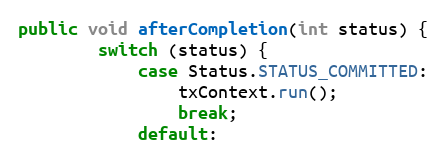
Language: Java
public void afterCompletion(int status) {
		switch (status) {
			case Status.STATUS_COMMITTED:
				txContext.run();
				break;
			default: